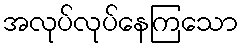
အလုပ်လုပ်နေကြသော